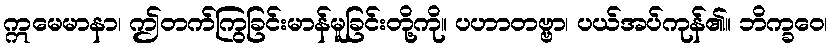
ဣမေမာနာ၊ ဤတက်ကြွခြင်းမာန်မူခြင်းတို့ကို။ ပဟာတဗ္ဗာ၊ ပယ်အပ်ကုန်၏။ ဘိက္ခဝေ၊